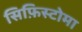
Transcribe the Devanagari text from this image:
सिफ़िस्टोमा